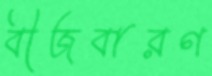
বীজবারণ